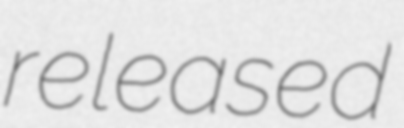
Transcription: released